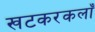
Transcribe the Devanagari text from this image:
खटकरकलाँ